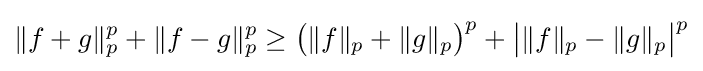
\|f+g\|_{p}^{p}+\|f-g\|_{p}^{p}\geq {\big (}\|f\|_{p}+\|g\|_{p}{\big )}^{p}+{\big |}\|f\|_{p}-\|g\|_{p}{\big |}^{p}